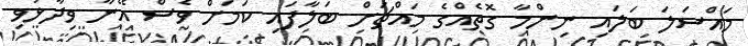
މައްސަލަ ބަލައި ނިންމާ ގޮތެއްގެ މައްޗަށް ބަލާފައި ކަމަށް ވެސް އޭނާ ވިދާޅުވި